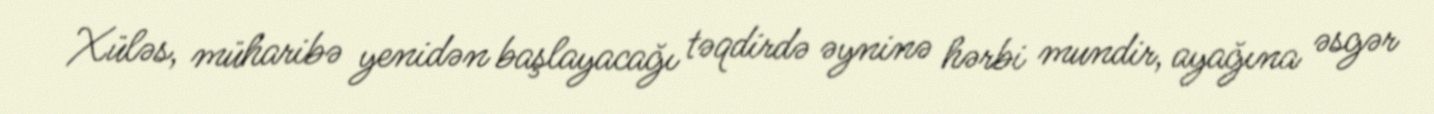
Xüləs, müharibə yenidən başlayacağı təqdirdə əyninə hərbi mundir, ayağına əsgər